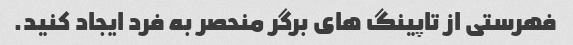
فهرستی از تاپینگ های برگر منحصر به فرد ایجاد کنید.